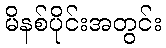
မိနစ်ပိုင်းအတွင်း